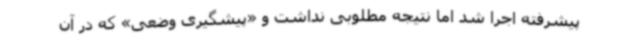
پیشرفته اجرا شد اما نتیجه مطلوبی نداشت و «پیشگیری وضعی» که در آن